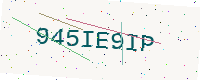
Text: 945IE9IP